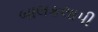
બાલકલાપી